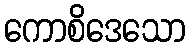
ကောစိဒေသော